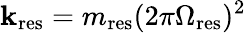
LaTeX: \mathbf{k}_{\mathrm{{res}}}=m_{\mathrm{{res}}}(2\pi\Omega_{\mathrm{{res}}})^{2}